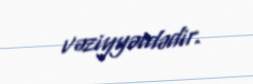
vəziyyətdədir.